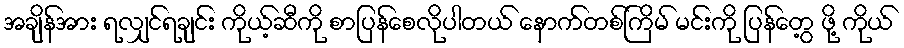
အချိန်အား ရလျှင်ရချင်း ကိုယ့်ဆီကို စာပြန်စေလိုပါတယ် နောက်တစ်ကြိမ် မင်းကို ပြန်တွေ့ ဖို့ ကိုယ်